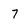
Character: 7